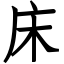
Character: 床